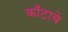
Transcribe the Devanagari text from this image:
काँटाचे